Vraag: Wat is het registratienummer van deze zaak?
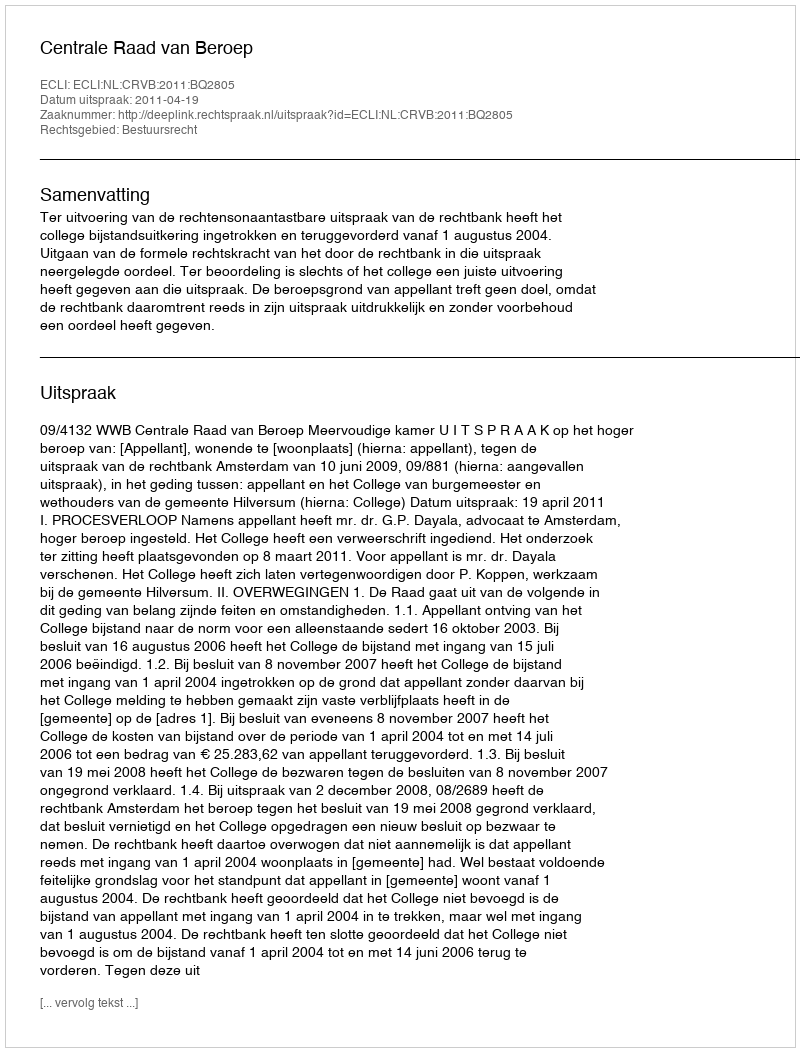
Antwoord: http://deeplink.rechtspraak.nl/uitspraak?id=ECLI:NL:CRVB:2011:BQ2805